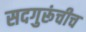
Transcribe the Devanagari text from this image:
सदगुरूंचीच